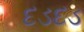
દડદડ